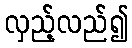
လှည့်လည်၍